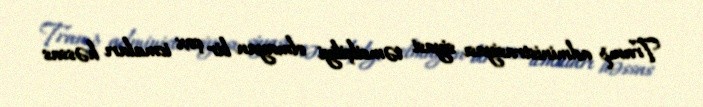
Tramp administrasiyası siyasi təmsilçiliyi olmayan bir çox icmaları həssas